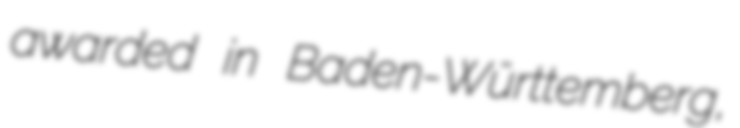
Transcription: awarded in Baden-Württemberg,